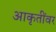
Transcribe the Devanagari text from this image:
आकृतींवर